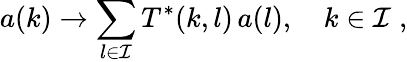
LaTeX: a(k)\to\sum_{l\in{\cal I}}T^{*}(k,l)\, a(l),\quad k\in{\cal I}\; ,